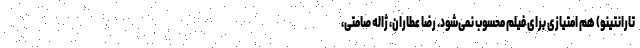
تارانتینو) هم امتیازی برای فیلم محسوب نمی‌شود. رضا عطاران، ژاله صامتی،